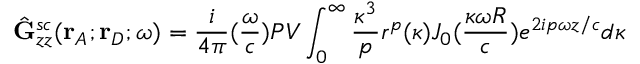
\hat { \mathbf { G } } _ { z z } ^ { s c } ( \mathbf { r } _ { A } ; \mathbf { r } _ { D } ; \omega ) = \frac { i } { 4 { \pi } } ( \frac { \omega } { c } ) P V \int _ { 0 } ^ { \infty } \frac { \kappa ^ { 3 } } { p } r ^ { p } ( \kappa ) J _ { 0 } ( \frac { \kappa \omega R } { c } ) e ^ { 2 i p { \omega } z / c } d { \kappa }